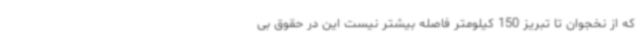
که از نخجوان تا تبریز 150 کیلومتر فاصله بیشتر نیست این در حقوق بی